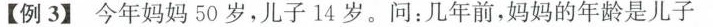
【例3】今年妈妈50岁，儿子14岁。问：几年前，妈妈的年龄是儿子